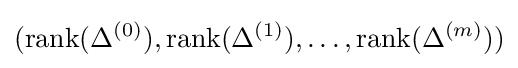
(\mathrm {rank} (\Delta ^{(0)}),\mathrm {rank} (\Delta ^{(1)}),\ldots ,\mathrm {rank} (\Delta ^{(m)}))